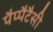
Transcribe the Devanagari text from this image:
पैप्पैटैसी